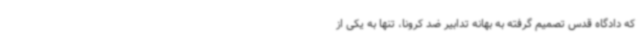
که دادگاه قدس تصمیم گرفته به بهانه تدابیر ضد کرونا، تنها به یکی از